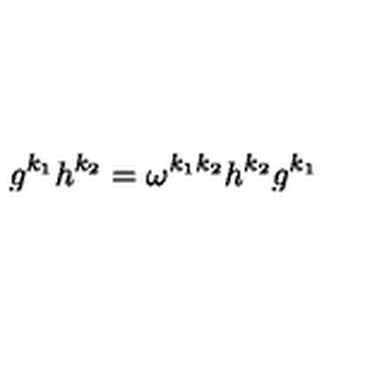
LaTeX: g ^ { k _ { 1 } } h ^ { k _ { 2 } } = \omega ^ { k _ { 1 } k _ { 2 } } h ^ { k _ { 2 } } g ^ { k _ { 1 } }